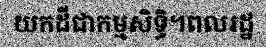
យកដីជាកម្មសិទ្ធិ។ពលរដ្ឋ